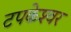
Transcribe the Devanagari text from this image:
टपकेश्‍वर